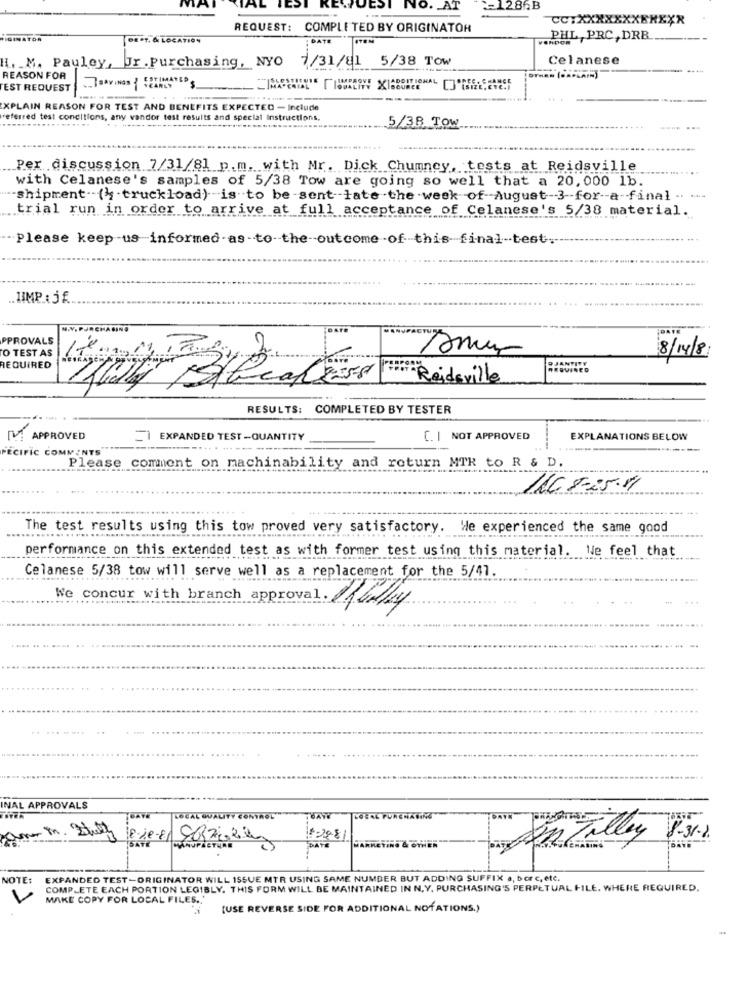
EST NO. AT
=1286B
CC:XXXXXXXXXXXX
REQUEST: COMPLETED BY ORIGINATOR
FIGINATOR
DEPT. & LOCATION
DATE
ITEM
DHL, PRC, DRB.
7/31/81 5/38 Tow
Celanese
I. M. Pauley, Ur . Purchasing, NYO
REASON FOR
EST REQUEST
CIADDITIONAL DRESARE
EXPLAIN REASON FOR TEST AND BENEFITS EXPECTED - Include
referred test conditions, any vandor test results and special Instructions,
5/38 Tow
Per discussion 7/31/81 p.m. with Mr. Dick Chumney, tests at Reidsville
with Celanese's samples of 5/38 Tow are going so well that a 20, 000 1b.
-shipment -- (k truckload) is to be sent-late the week of August-3-for-a-final .. ..
trial run in order to arrive at full acceptance of Celanese's 5/38 material.
- Please keep -us-informed . as -to-the-outcome of this-final-test.
N.Y. PURCHASING
MANUFACTU
PPROVALS
O TEST AS
8/14/8
REQUIRED
SPANTITY
Hi Reidsville
RESULTS: COMPLETED BY TESTER
IV: APPROVED
1 EXPANDED TEST -QUANTITY
C. | NOT APPROVED
EXPLANATIONS BELOW
ECIFIC COMMINTS
Please comment on machinability and return MTR to R & D.
11C.5-25.4
The test results using this tow proved very satisfactory. We experienced the same good
performance on this extended test as with former test using this material.
Ne feel that
Celanese 5/38 tow will serve well as a replacement for the 5/47.
We concur with branch approval. Cy
....
..
INAL APPROVALS
LOCAL QUALITY CONTROL
LOCAL PUREMAKINE
+2881
Tilley 8-31
MARKETING & OVER
NOTE:
EXPANDED TEST-ORIGINATOR WILL ISSUE MTR USING SAME NUMBER BUT ADDING SUFFIX ., bor c, etc.
COMPLETE EACH PORTION LEGIBLY. THIS FORM WILL BE MAINTAINED IN N.Y. PURCHASING'S PERPETUAL FILE. WHERE REQUIRED.
V
MAKE COPY FOR LOCAL FILES .. '
[USE REVERSE SIDE FOR ADDITIONAL NOTATIONS.)